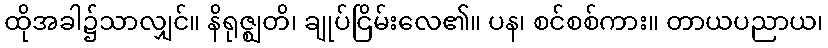
ထိုအခါ၌သာလျှင်။ နိရုဇ္ဈတိ၊ ချုပ်ငြိမ်းလေ၏။ ပန၊ စင်စစ်ကား။ တာယပညာယ၊